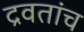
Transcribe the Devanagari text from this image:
द्रवतांच